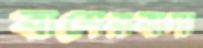
বাশেরবাদা